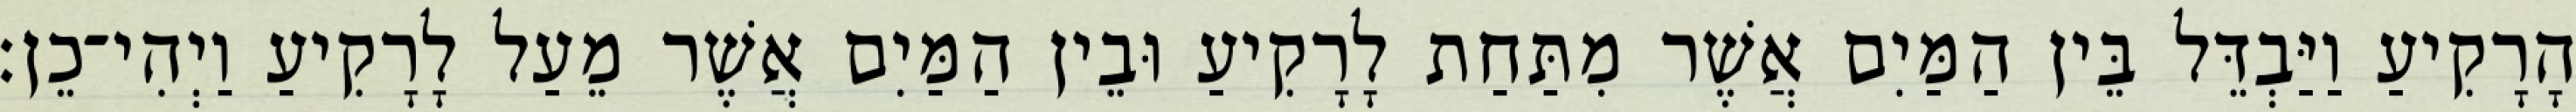
הָרָקִיעַ וַיַּבְדֵּל בֵּין הַמַּיִם אֲשֶׁר מִתַּחַת לָרָקִיעַ וּבֵין הַמַּיִם אֲשֶׁר מֵעַל לָרָקִיעַ וַיְהִי־כֵן׃